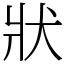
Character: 狀